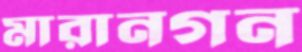
মারানগন